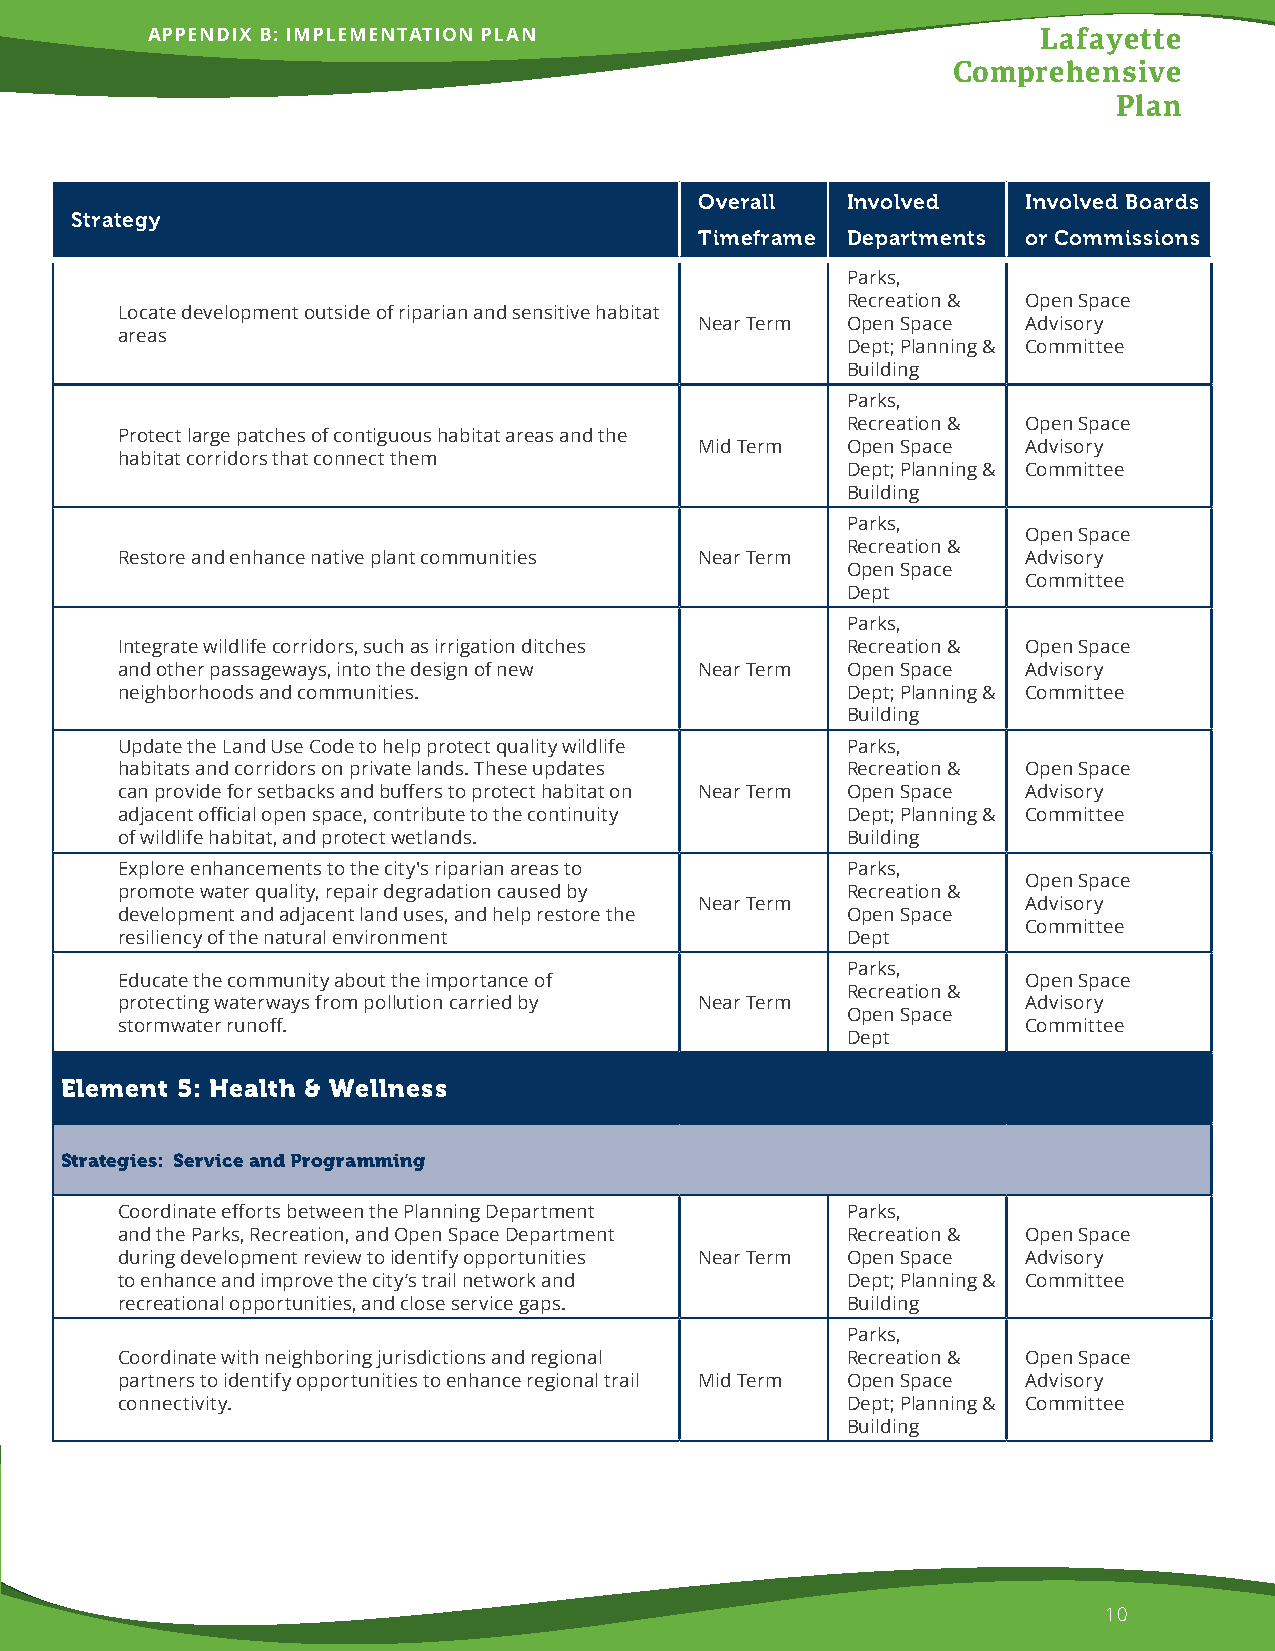
APPENDIX B: IMPLEMENTATION PLAN                            Lafayette
 Comprehensive
 Plan
 Overall   Involved    Involved Boards
 Strategy
 Timeframe Departments or Commissions
 Parks,
 Recreation & Open Space
 Locate development outside of riparian and sensitive habitat
 Near Term Open Space  Advisory
 areas
 Dept; Planning & Committee
 Building
 Parks,
 Recreation & Open Space
 Protect large patches of contiguous habitat areas and the
 Mid Term  Open Space  Advisory
 habitat corridors that connect them
 Dept; Planning & Committee
 Building
 Parks,
 Open Space
 Recreation &
 Restore and enhance native plant communities Near Term      Advisory
 Open Space
 Committee
 Dept
 Parks,
 Integrate wildlife corridors, such as irrigation ditches Recreation & Open Space
 and other passageways, into the design of new Near Term Open Space Advisory
 neighborhoods and communities.                  Dept; Planning & Committee
 Building
 Update the Land Use Code to help protect quality wildlife Parks,
 habitats and corridors on private lands. These updates Recreation & Open Space
 can provide for setbacks and buffers to protect habitat on Near Term Open Space Advisory
 adjacent official open space, contribute to the continuity Dept; Planning & Committee
 of wildlife habitat, and protect wetlands.      Building
 Explore enhancements to the city's riparian areas to Parks,
 Open Space
 promote water quality, repair degradation caused by Recreation &
 Near Term             Advisory
 development and adjacent land uses, and help restore the Open Space
 Committee
 resiliency of the natural environment           Dept
 Parks,
 Educate the community about the importance of               Open Space
 Recreation &
 protecting waterways from pollution carried by Near Term    Advisory
 Open Space
 stormwater runoff.                                          Committee
 Dept
 Element 5: Health & Wellness
 Strategies: Service and Programming
 Coordinate efforts between the Planning Department Parks,
 and the Parks, Recreation, and Open Space Department Recreation & Open Space
 during development review to identify opportunities Near Term Open Space Advisory
 to enhance and improve the city’s trail network and Dept; Planning & Committee
 recreational opportunities, and close service gaps. Building
 Parks,
 Coordinate with neighboring jurisdictions and regional Recreation & Open Space
 partners to identify opportunities to enhance regional trail Mid Term Open Space Advisory
 connectivity.                                   Dept; Planning & Committee
 Building
 10